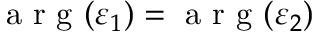
\mathrm { ~ a ~ r ~ g ~ } ( \varepsilon _ { 1 } ) = \mathrm { ~ a ~ r ~ g ~ } ( \varepsilon _ { 2 } )